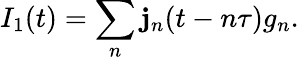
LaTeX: {I_{1}(t)=\sum_{n}\mathbf{j}_{n}(t-n\tau)g_{n}}.